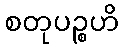
စတုပဉ္စဟိ